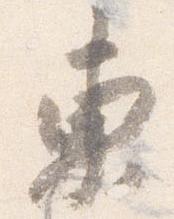
東